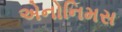
એનોનિમસ